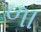
ળા